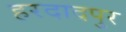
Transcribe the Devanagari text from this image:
हरदादपुर